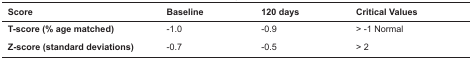
<table><thead><tr><td><b>Score</b></td><td><b>Baseline</b></td><td><b>120 days</b></td><td><b>Critical Values</b></td></tr></thead><tbody><tr><td><b>T-score (% age matched)</b></td><td>-1.0</td><td>-0.9</td><td>&gt; -1 Normal</td></tr><tr><td><b>Z-score (standard deviations)</b></td><td>-0.7</td><td>-0.5</td><td>&gt; 2</td></tr></tbody></table>